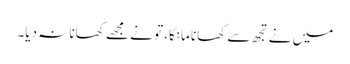
میں نے تجھ سے کھانا مانگا، تو نے مجھے کھانا نہ دیا۔